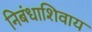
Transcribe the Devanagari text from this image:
निबंधाशिवाय